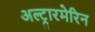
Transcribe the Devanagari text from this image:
अल्ट्रारमेरिन